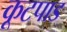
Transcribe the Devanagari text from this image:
कूटपाड